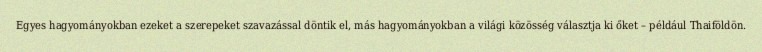
Egyes hagyományokban ezeket a szerepeket szavazással döntik el, más hagyományokban a világi közösség választja ki őket – például Thaiföldön.